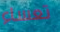
تعساء